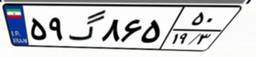
۵۹گ۸۶۵۵۰